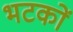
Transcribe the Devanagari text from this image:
भटकों